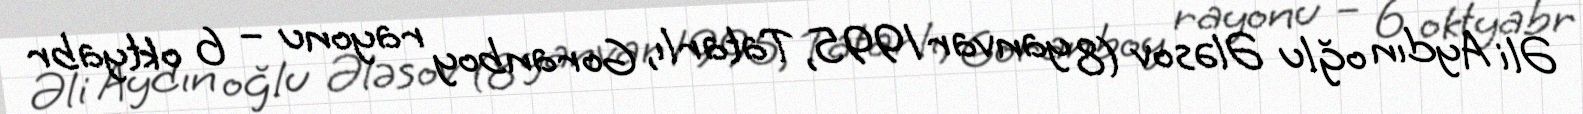
Əli Aydın oğlu Ələsov (8 yanvar 1995, Tatarlı, Goranboy rayonu – 6 oktyabr